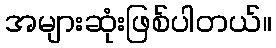
အများဆုံးဖြစ်ပါတယ်။